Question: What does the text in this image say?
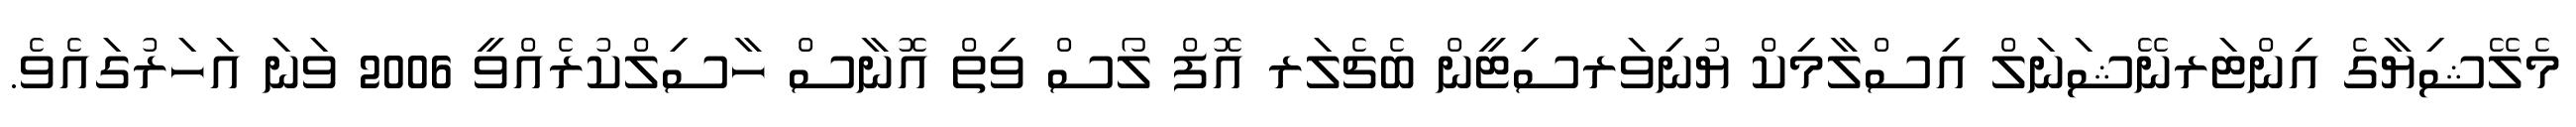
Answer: މެލޭޝިޔާގެ އިންޓަރނޭޝަނަލް އިސްލާމިކް ޔުނިވަރސިޓީން ބެޗެލަރ އޮފް ލޯސް ވިތް އޮނާސް ހާސިލްކުރެއްވީ 2006 ވަނަ އަހަރުގައެވެ.